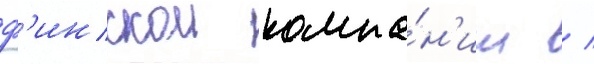
ф'инскои компа́н'ии